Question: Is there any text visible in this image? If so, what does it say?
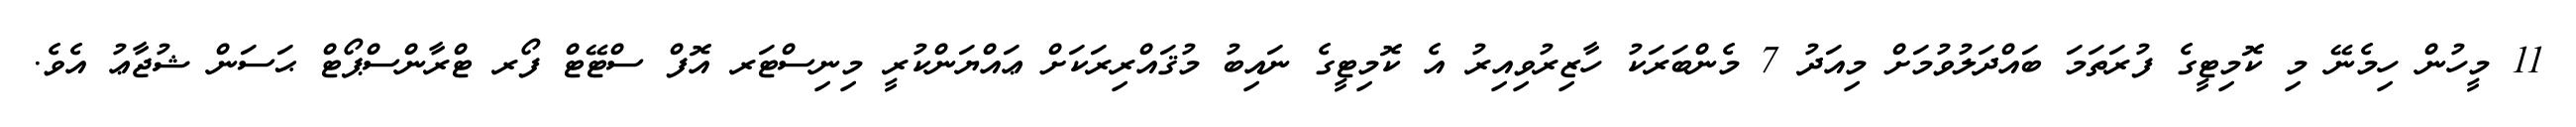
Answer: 11 މީހުން ހިމެނޭ މި ކޮމިޓީގެ ފުރަތަމަ ބައްދަލުވުމަށް މިއަދު 7 މެންބަރަކު ހާޒިރުވިއިރު އެ ކޮމިޓީގެ ނައިބު މުޤައްރިރަކަށް ޢައްޔަންކުރީ މިނިސްޓަރ އޮފް ސްޓޭޓް ފޯރ ޓްރާންސްޕޯޓް ޙަސަން ޝުޖާޢު އެވެ.